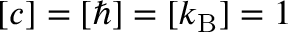
[ c ] = [ \hbar ] = [ k _ { \mathrm { B } } ] = 1